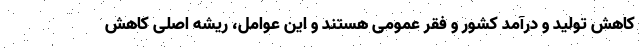
کاهش تولید و درآمد کشور و فقر عمومی هستند و این عوامل، ریشه اصلی کاهش